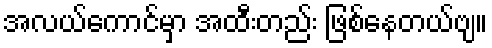
အလယ်ကောင်မှာ အထီးတည်း ဖြစ်နေတယ်ဗျ။